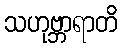
သဟုဗ္ဘာရာတိ